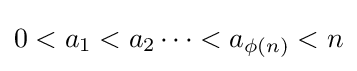
0<a_{1}<a_{2}\cdots <a_{\phi (n)}<n